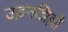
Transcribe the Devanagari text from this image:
उड़नझिल्ली